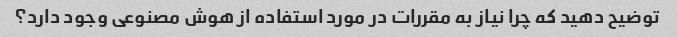
توضیح دهید که چرا نیاز به مقررات در مورد استفاده از هوش مصنوعی وجود دارد؟